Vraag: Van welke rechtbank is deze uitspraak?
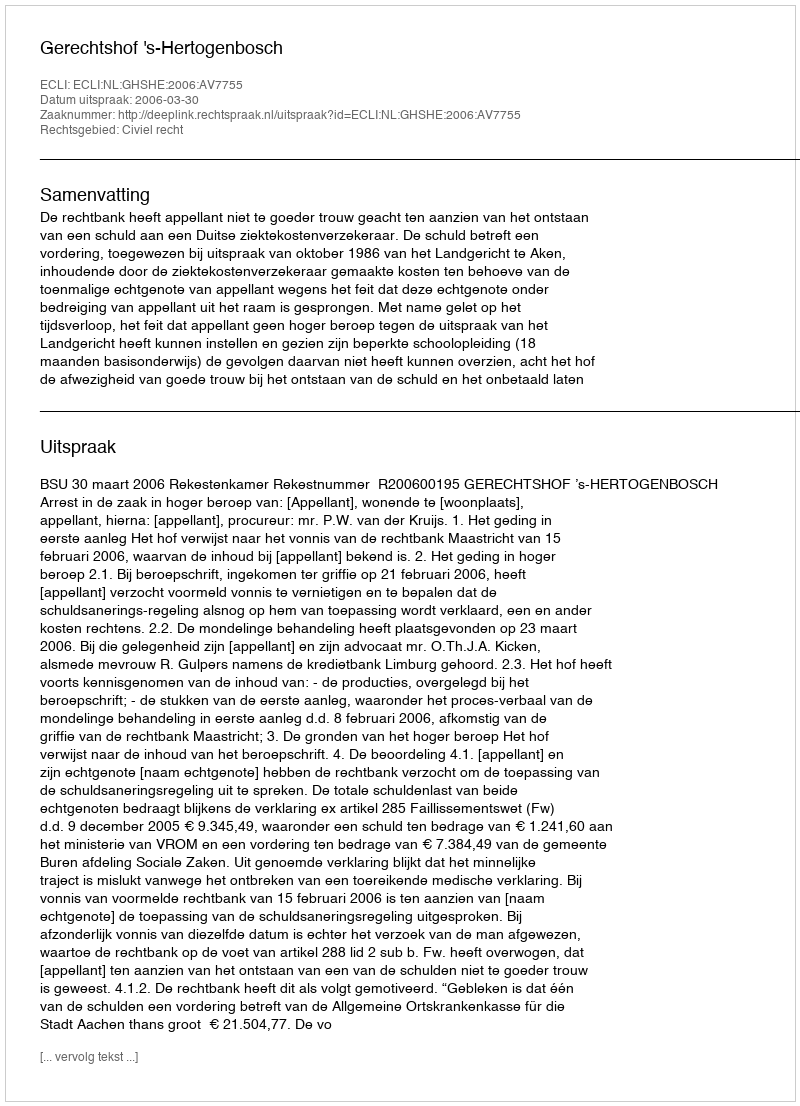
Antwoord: Gerechtshof 's-Hertogenbosch